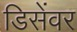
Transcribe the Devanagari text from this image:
डिसेंवर